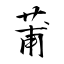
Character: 莆